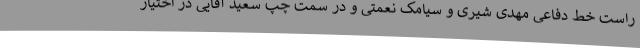
راست خط دفاعی مهدی شیری و سیامک نعمتی و در سمت چپ سعید آقایی در اختیار